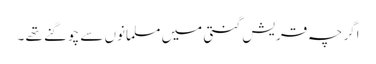
اگر چہ قریش گنتی میں مسلمانوں سے چوگنے تھے ۔